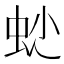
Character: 𧉍